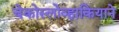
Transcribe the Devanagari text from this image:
चेकोस्लोव्हाकियाने